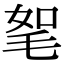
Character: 𣭠